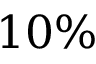
1 0 \%